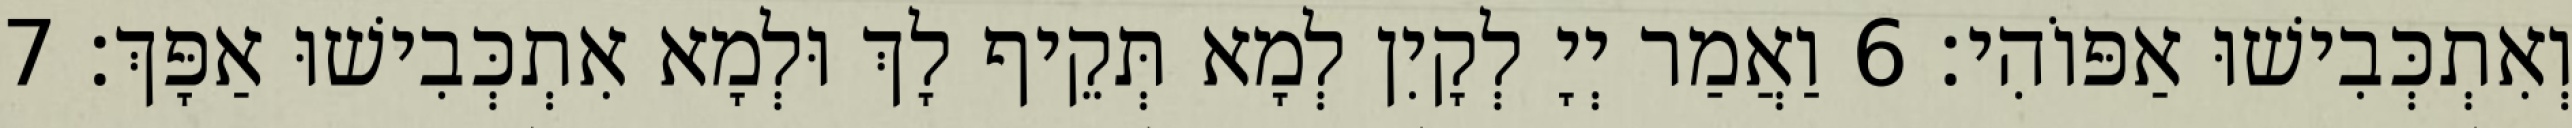
וְאִתְכְּבִישׁוּ אַפּוֹהִי׃ 6 וַאֲמַר יְיָ לְקָיִן לְמָא תְּקֵיף לָךְ וּלְמָא אִתְכְּבִישׁוּ אַפָּךְ׃ 7